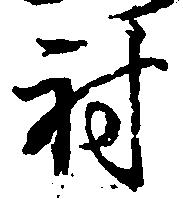
射